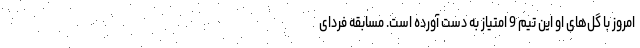
امروز با گل‌های او این تیم 9 امتیاز به دست آورده‌ است. مسابقه فردای